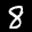
Label: 8